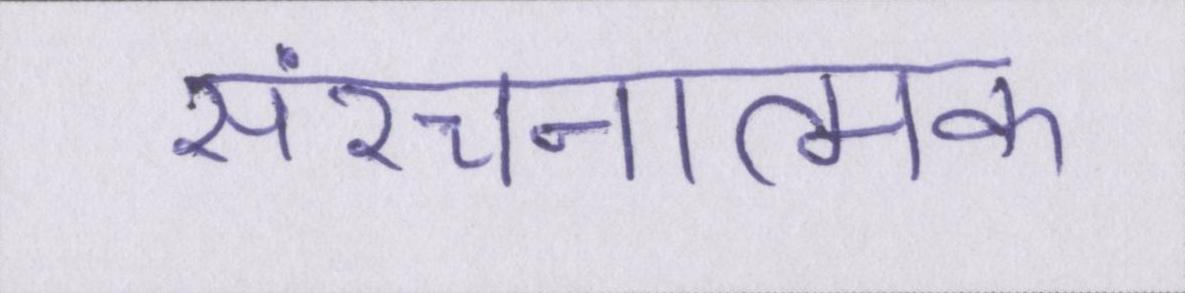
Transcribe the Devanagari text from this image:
संरचनात्मक